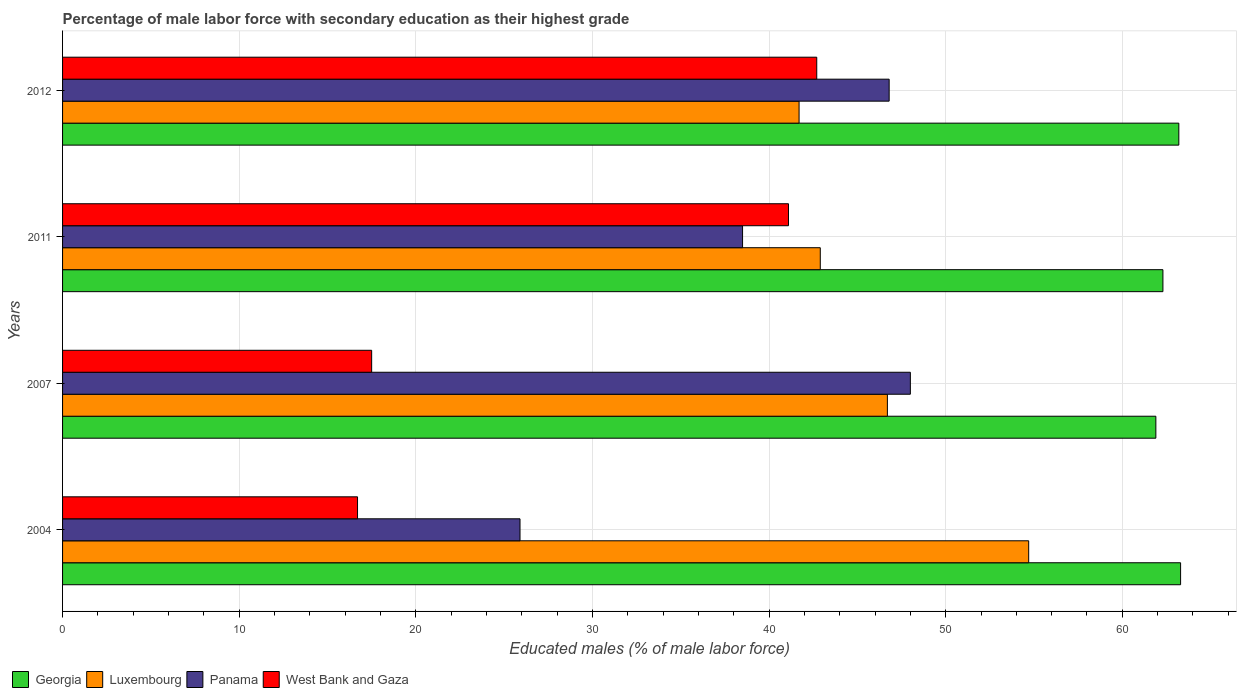
| Years | Georgia | Luxembourg | Panama | West Bank and Gaza |
 | --- | --- | --- | --- | --- |
 | 2004 | 63.3 | 54.7 | 25.9 | 16.7 |
 | 2007 | 61.9 | 46.7 | 48 | 17.5 |
 | 2011 | 62.3 | 42.9 | 38.5 | 41.1 |
 | 2012 | 63.2 | 41.7 | 46.8 | 42.7 |